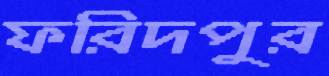
ফরিদপুর